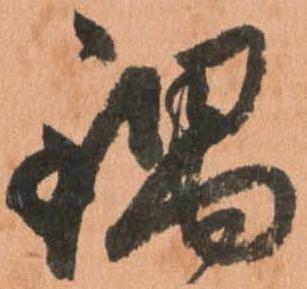
鍋